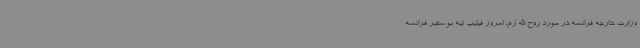
وزارت خارجه فرانسه در مورد روح الله زم، امروز فیلیپ تیه بو،سفیر فرانسه